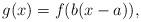
LaTeX: \begin{align*}g(x)=f(b(x-a)), \end{align*}